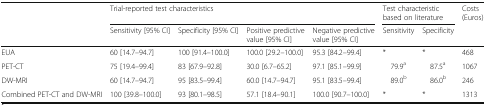
<table><thead><tr><td rowspan="2"></td><td colspan="4"><b>Trial-reported test characteristics</b></td><td colspan="2"><b>Test characteristic based on literature</b></td><td rowspan="2"><b>Costs (Euros)</b></td></tr><tr><td><b>Sensitivity [95% CI]</b></td><td><b>Specificity [95% CI]</b></td><td><b>Positive predictive value [95% CI]</b></td><td><b>Negative predictive value [95% CI]</b></td><td><b>Sensitivity</b></td><td><b>Specificity</b></td></tr></thead><tbody><tr><td>EUA</td><td>60 [14.7–94.7]</td><td>100 [91.4–100.0]</td><td>100.0 [29.2–100.0]</td><td>95.3 [84.2–99.4]</td><td>*</td><td>*</td><td>468</td></tr><tr><td>PET-CT</td><td>75 [19.4–99.4]</td><td>83 [67.9–92.8]</td><td>30.0 [6.7–65.2]</td><td>97.1 [85.1–99.9]</td><td>79.9<sup>a</sup></td><td>87.5<sup>a</sup></td><td>1067</td></tr><tr><td>DW-MRI</td><td>60 [14.7–94.7]</td><td>95 [83.5–99.4]</td><td>60.0 [14.7–94.7]</td><td>95.1 [83.5–99.4]</td><td>89.0<sup>b</sup></td><td>86.0<sup>b</sup></td><td>246</td></tr><tr><td>Combined PET-CT and DW-MRI</td><td>100 [39.8–100.0]</td><td>93 [80.1–98.5]</td><td>57.1 [18.4–90.1]</td><td>100.0 [90.7–100.0]</td><td>*</td><td>*</td><td>1313</td></tr></tbody></table>